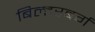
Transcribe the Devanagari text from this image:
बिल्डरबर्ग